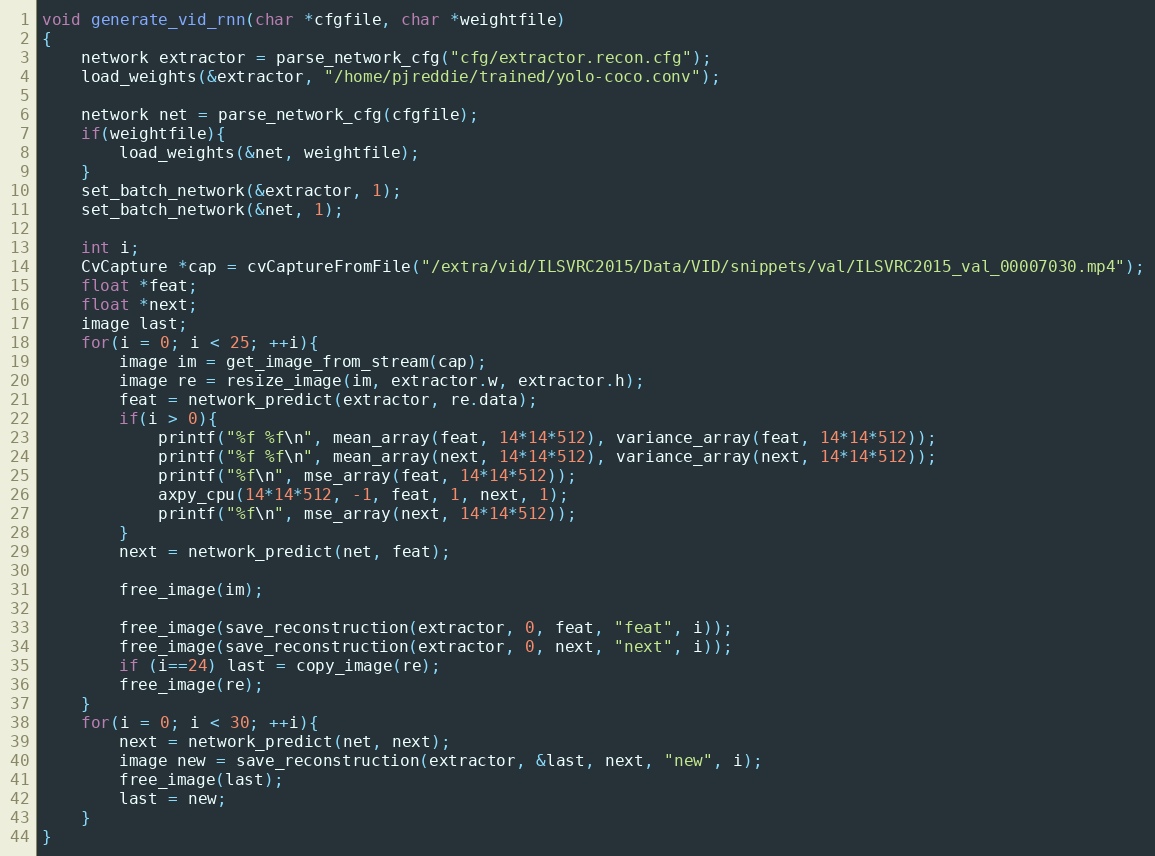
Language: C
void generate_vid_rnn(char *cfgfile, char *weightfile)
{
    network extractor = parse_network_cfg("cfg/extractor.recon.cfg");
    load_weights(&extractor, "/home/pjreddie/trained/yolo-coco.conv");

    network net = parse_network_cfg(cfgfile);
    if(weightfile){
        load_weights(&net, weightfile);
    }
    set_batch_network(&extractor, 1);
    set_batch_network(&net, 1);

    int i;
    CvCapture *cap = cvCaptureFromFile("/extra/vid/ILSVRC2015/Data/VID/snippets/val/ILSVRC2015_val_00007030.mp4");
    float *feat;
    float *next;
    image last;
    for(i = 0; i < 25; ++i){
        image im = get_image_from_stream(cap);
        image re = resize_image(im, extractor.w, extractor.h);
        feat = network_predict(extractor, re.data);
        if(i > 0){
            printf("%f %f\n", mean_array(feat, 14*14*512), variance_array(feat, 14*14*512));
            printf("%f %f\n", mean_array(next, 14*14*512), variance_array(next, 14*14*512));
            printf("%f\n", mse_array(feat, 14*14*512));
            axpy_cpu(14*14*512, -1, feat, 1, next, 1);
            printf("%f\n", mse_array(next, 14*14*512));
        }
        next = network_predict(net, feat);

        free_image(im);

        free_image(save_reconstruction(extractor, 0, feat, "feat", i));
        free_image(save_reconstruction(extractor, 0, next, "next", i));
        if (i==24) last = copy_image(re);
        free_image(re);
    }
    for(i = 0; i < 30; ++i){
        next = network_predict(net, next);
        image new = save_reconstruction(extractor, &last, next, "new", i);
        free_image(last);
        last = new;
    }
}